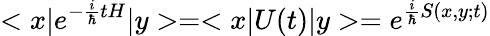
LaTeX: <x|e^{-{\frac{i}{\hbar}}tH}|y>=<x|U(t)|y>=e^{{\frac{i}{\hbar}}S(x,y;t)}